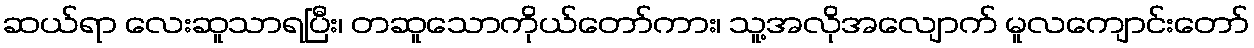
ဆယ်ရာ လေးဆူသာရပြီး၊ တဆူသောကိုယ်တော်ကား၊ သူ့အလိုအလျောက် မူလကျောင်းတော်